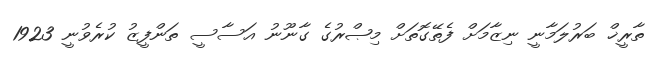
ތާރީޚް ބަރުލަމާނީ ނިޒާމަށް ފެތޭގޮތަށް މިޞްރުގެ ގާނޫނު އަސާސީ ތަންފީޒު ކުރެވުނީ 1923